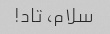
سلام، تاد!